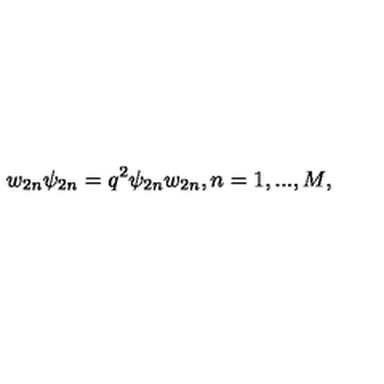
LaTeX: w _ { 2 n } \psi _ { 2 n } = q ^ { 2 } \psi _ { 2 n } w _ { 2 n } , n = 1 , . . . , M ,